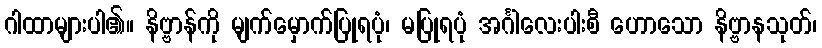
ဂါထာများပါ၏။ နိဗ္ဗာန်ကို မျက်မှောက်ပြုရပုံ၊ မပြုရပုံ အင်္ဂါလေးပါးစီ ဟောသော နိဗ္ဗာနသုတ်၊